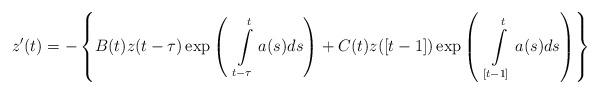
LaTeX: \begin{align*}z^{\prime }(t)=-\left \{ B(t)z(t-\tau )\exp \left( ~\int \limits_{t-\tau}^{t}a(s)ds\right) +C(t)z([t-1])\exp \left( ~\int\limits_{[t-1]}^{t}a(s)ds\right) \right \} \end{align*}